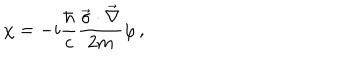
\chi = - i \frac { \hbar } { c } \frac { \vec { \sigma } \cdot \vec { \nabla } } { 2 m } \varphi \, { , }